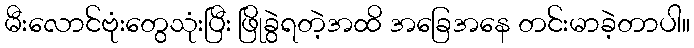
မီးလောင်ဗုံးတွေသုံးပြီး ဖြိုခွဲရတဲ့အထိ အခြေအနေ တင်းမာခဲ့တာပါ။